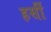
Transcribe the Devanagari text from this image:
हर्सी